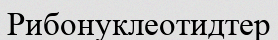
Рибонуклеотидтер